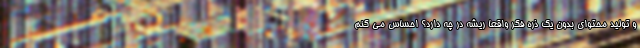
و تولید محتوای بدون یک ذره فکر واقعا ریشه در چه دارد؟ احساس می کنم